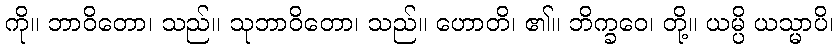
ကို။ ဘာဝိတော၊ သည်။ သုဘာဝိတော၊ သည်။ ဟောတိ၊ ၏။ ဘိက္ခဝေ၊ တို့။ ယမ္ပိ ယသ္မာပိ၊